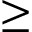
\geq